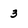
Character: 3